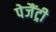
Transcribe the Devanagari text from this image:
पेजैंट्री